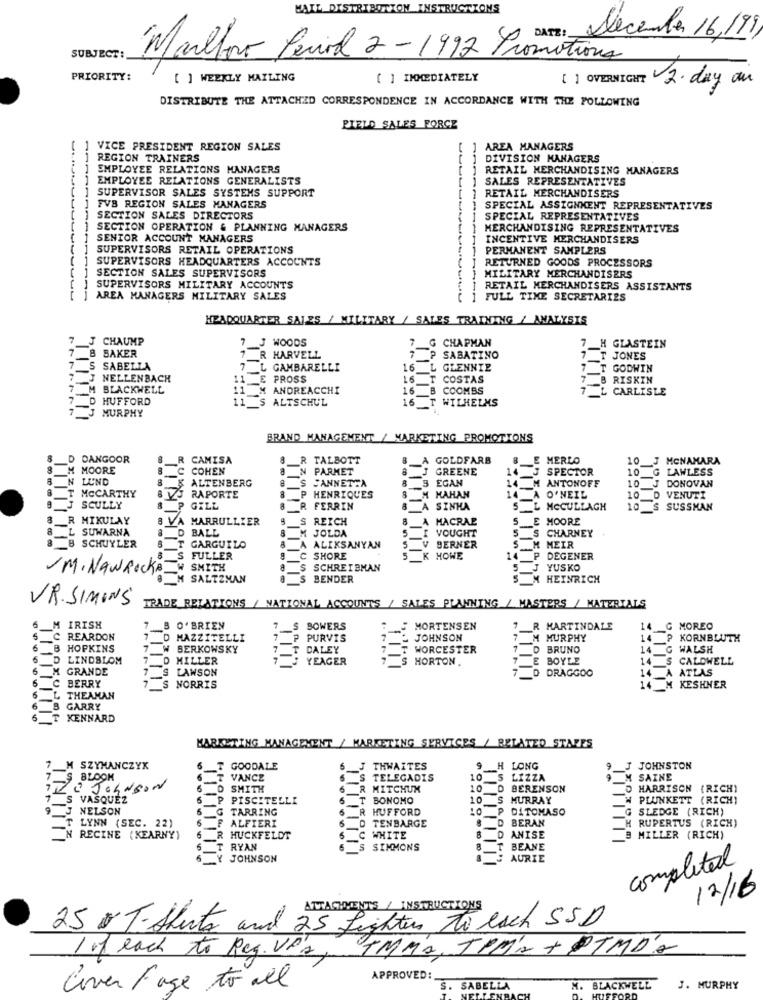
MAIL DISTRIBD
INSTRUCTIONS
: December 16,199
SUBJECT:
Marlboro Period 2 -1992 Promotiona
PRIORITY:
[ ] WEEKLY MAILING
[ ] IMMEDIATELY
[ ] OVERNIGHT 2. day on
DISTRIBUTE THE ATTACHED CORRESPONDENCE IN ACCORDANCE WITH THE FOLLOWING
FIELD SALES FORCE
1 VICE PRESIDENT REGION SALES
AREA MANAGERS
] REGION TRAINERS
DIVISION MANAGERS
] EMPLOYEE RELATIONS MANAGERS
RETAIL MERCHANDISING MANAGERS
EMPLOYEE RELATIONS GENERALISTS
SALES REPRESENTATIVES
] SUPERVISOR SALES SYSTEMS SUPPORT
RETAIL MERCHANDISERS
] FVB REGION SALES MANAGERS
SPECIAL ASSIGNMENT REPRESENTATIVES
SECTION SALES DIRECTORS
SPECIAL REPRESENTATIVES
SECTION OPERATION & PLANNING MANAGERS
MERCHANDISING REPRESENTATIVES
SENIOR ACCOUNT MANAGERS
INCENTIVE MERCHANDISERS
SUPERVISORS RETAIL OPERATIONS
PERMANENT SAMPLERS
SUPERVISORS HEADQUARTERS ACCOUNTS
RETURNED GOODS PROCESSORS
SECTION SALES SUPERVISORS
MILITARY MERCHANDISERS
SUPERVISORS MILITARY ACCOUNTS
RETAIL MERCHANDISERS ASSISTANTS
J AREA MANAGERS MILITARY SALES
FULL TIME SECRETARIES
HEADQUARTER SALES / MILITARY / SALES TRAINING / ANALYSIS
7
J CHAUMP
7 J WOODS
7 G CHAPMAN
H GLASTEIN
7 8 BAKER
7 R HARVELL
7 P SABATINO
7_T JONES
7 S SABELLA
7 L GAMBARELLI
GLENNIE
7 T GODWIN
NELLENBACH
11 __ E PROSS
16 T COSTAS
B RISKIN
7
BLACKWELL
11 X ANDREACCHI
_B COOMBS
7 L CARLISLE
7 D
HUFFORD
11_$ ALTSCHUL
16
WILHELMS
7 J MURPHY
BRAND MANAGEMENT / MARKETING PROMOTIONS
8
D DANGOOR
R
CAMISA
8 R TALBOTT
GOLDFARB
E MERLO
10 __ J MCNAMARA
8
M MOORE
C COHEN
8 N PARMET
8
GREENE
1
J SPECTOR
10 G LAWLESS
& N LUND
& ALTENBERG
8 S CANNETTA
8
3 EGAN
14.
M ANTONOFF
10 __ J DONOVAN
MCCARTHY
RAPORTE
8 __ P HENRIQUES
M HAHAN
14 A
O'NEIL
10 D VENUTI
J SCULLY
P GILL
8 R FERRIN
8
A
SINHA
L MCCULLAGH
10 S SUSSMAN
8_R MIKULAY
VA MARRULLIER
8 S REICH
8
MACRAE
LE MOORE
8_L SUWARNA
8 M JOLDA
5.
VOUGHT
S CHARNEY
D BALL
5_
B SCHUYLER
T GARGUILO
8 A ALIKSANYAN
5
BERNER
MEIR
8_S
FULLER
9 C SHORE
5
K HOWE
14
P
DEGENER
JM. NAWROCKE
W SMITH
8 S SCHREIBMAN
5
J YUSKO
8 M SALTZMAN
8 S BENDER
M HEINRICH
VR. SIMINS
TRADE RELATIONS / NATIONAL ACCOUNTS / SALES PLANNING / MASTERS / MATERIALS
M IRISH
7 8 O'BRIEN
7
S
BOWERS
MORTENSEN
7 R MARTINDALE
14 G MOREO
5
-
LC REARDON
D MAZZITELLI
7
PURVIS
JOHNSON
7 M MURPHY
14 P KORNBLUTH
6
__ B HOPKINS
7 W BERKOWSKY
7 T DALEY
WORCESTER
7 D BRUNO
14_G WALSH
D LINDBLOM
7 D MILLER
YEAGER
S HORTON
7 E BOYLE
14
CALDWELL
GRANDE
7 S LAWSON
7_D DRAGGOO
14 A ATLAS
-
C BERRY
6
7 S NORRIS
14 M KESHNER
THEAMAN
6
B GARRY
5
T
KENNARD
MARKETING MANAGEMENT / MARKETING SERVICES / RELATED STATES
7 M SZYMANCZYK
GOODALE
6 __ J THWAITES
_H
LONG
J JOHNSTON
7_S BLOOM
T
VANCE
TELEGADIS
10
LIZZA
M SAINE
THE Johnson
6 D SMITH
MITCHUM
10
D BERENSON
O HARRISON (RICH)
7 S VASQUEZ
PISCITELLI
BONOMO
10
S
MURRAY
W PLUNKETT (RICH)
9 J NELSON
STARRING
HUFFORD
DiTOMASO
SLEDGE (RICH)
T LYNN (SEC. 22)
ALFIERI
D BERAN
RUPERTUS (RICH)
TENBARGE
8
N RECINE (KEARNY)
RHUCKFELDT
C
WHITE
ANISE
B MILLER (RICH)
RYAN
SIMMONS
T BEANE
Y JOHNSON
1
AURIE
completed
12/16
ATTACHMENTS / INSTRUCTIONS
25 T Shirts and 25 Lighters to each SSD
1 of each to Reg. VP's,
IMMA, IPMA + PTMDA
APPROVED:
Cover Fase to all
. SABELLA
BLACKWELL
J. MURPHY